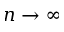
n \to \infty